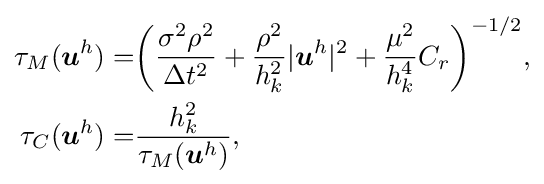
{\begin{aligned}\tau _{M}({\boldsymbol {u}}^{h})=&{\bigg (}{\frac {\sigma ^{2}\rho ^{2}}{\Delta t^{2}}}+{\frac {\rho ^{2}}{h_{k}^{2}}}|{\boldsymbol {u}}^{h}|^{2}+{\frac {\mu ^{2}}{h_{k}^{4}}}C_{r}{\bigg )}^{-1/2},\\\tau _{C}({\boldsymbol {u}}^{h})=&{\frac {h_{k}^{2}}{\tau _{M}({\boldsymbol {u}}^{h})}},\end{aligned}}